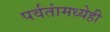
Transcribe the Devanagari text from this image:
पर्वतांमध्येही